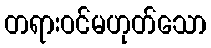
တရားဝင်မဟုတ်သော